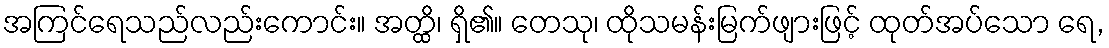
အကြင်ရေသည်လည်းကောင်း။ အတ္ထိ၊ ရှိ၏။ တေသု၊ ထိုသမန်းမြက်ဖျားဖြင့် ထုတ်အပ်သော ရေ,